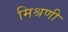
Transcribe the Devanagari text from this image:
मिश्रणी